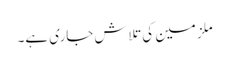
ملزمین کی تلاش جاری ہے۔